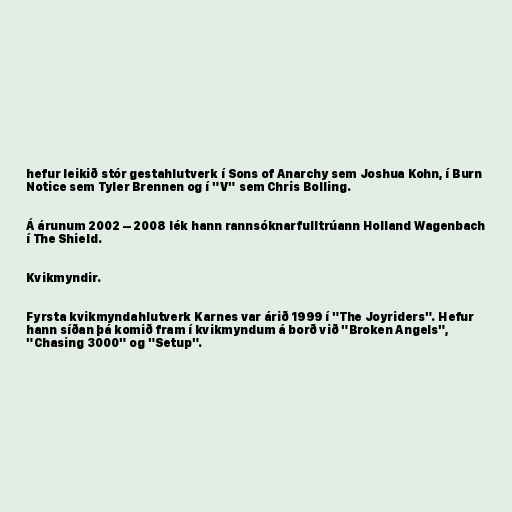
hefur leikið stór gestahlutverk í Sons of Anarchy sem Joshua Kohn, í Burn
Notice sem Tyler Brennen og í "V" sem Chris Bolling.

Á árunum 2002 – 2008 lék hann rannsóknarfulltrúann Holland Wagenbach
í The Shield.

Kvikmyndir.

Fyrsta kvikmyndahlutverk Karnes var árið 1999 í "The Joyriders". Hefur
hann síðan þá komið fram í kvikmyndum á borð við "Broken Angels",
"Chasing 3000" og "Setup".